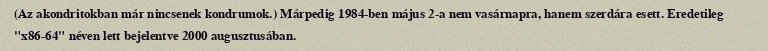
(Az akondritokban már nincsenek kondrumok.) Márpedig 1984-ben május 2-a nem vasárnapra, hanem szerdára esett. Eredetileg "x86-64" néven lett bejelentve 2000 augusztusában.